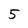
Character: 5